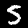
Digit: 5